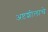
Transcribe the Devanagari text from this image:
अष्टशीलाचे